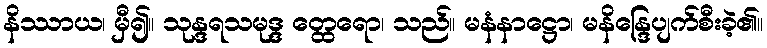
နိဿာယ၊ မှီ၍။ သုန္ဒရသမုဒ္ဒ တ္ထေရော၊ သည်။ မနံနာဋ္ဌော၊ မနိန္ဒြေပျက်စီးခဲ့၏။